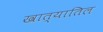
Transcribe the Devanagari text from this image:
खात्यातिल